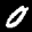
Label: 0